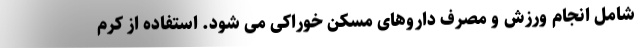
شامل انجام ورزش و مصرف داروهای مسکن خوراکی می شود. استفاده از کرم